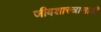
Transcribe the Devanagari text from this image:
जीवशास्त्रासाठी